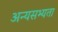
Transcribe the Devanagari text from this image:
अन्यसभ्यता